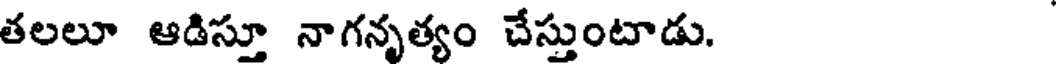
తలలూ ఆడిస్తూ నాగనృత్యం చేస్తుంటాడు.